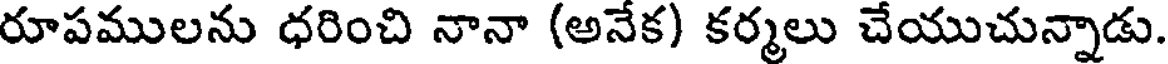
రూపములను ధరించి నానా (అనేక) కర్మలు చేయుచున్నాడు.